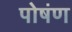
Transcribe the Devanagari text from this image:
पोषंण